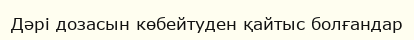
Дәрі дозасын көбейтуден қайтыс болғандар